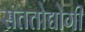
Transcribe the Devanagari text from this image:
सततोद्योगी